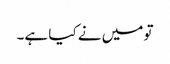
تو میں نے کیا ہے۔